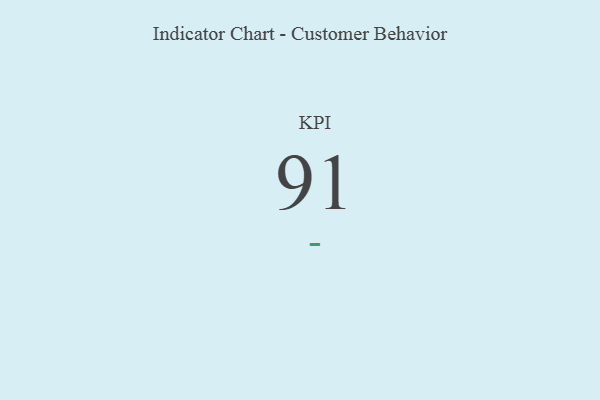
{"axis": {"x": "KPI", "y": "Value"}, "legend": [""], "data": [{"x": "KPI", "y": 91, "type": ""}]}